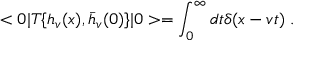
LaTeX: < 0 | T \{ h _ { v } ( x ) , { \bar { h } } _ { v } ( 0 ) \} | 0 > = \int _ { 0 } ^ { \infty } d t \delta ( x - v t ) \; .